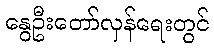
နွေဦးတော်လှန်ရေးတွင်